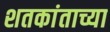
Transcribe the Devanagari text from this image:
शतकांताच्या